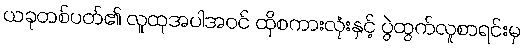
ယခုတစ်ပတ်၏ လူထုအပါအဝင် ထိုစကားလုံးနှင့် ပွဲထွက်လူစာရင်းမှ